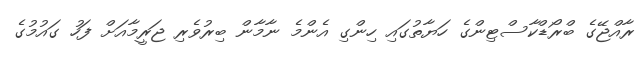
ރާއްޖޭގެ ބްރޯޑްކާސްޓިންގެ ހަޔާތުގައި ހިންގި އެންމެ ނާމާން ބިރުވެރި ޖަރީމާއަށް ފަހު ގައުމުގެ